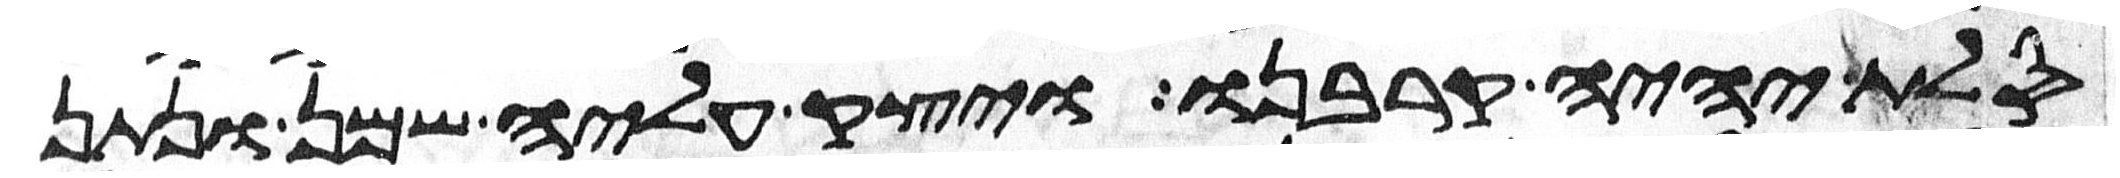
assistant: סלת יהיה קרבנו ויצק עליה שמן ונתן